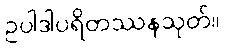
ဥပါဒါပရိတဿနသုတ်။